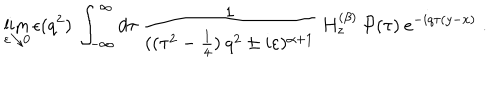
LaTeX: \lim _ { \varepsilon \searrow 0 } \epsilon ( q ^ { 2 } ) \: \int _ { - \infty } ^ { \infty } d \tau \: \frac { 1 } { ( ( \tau ^ { 2 } - \frac { 1 } { 4 } ) \: q ^ { 2 } \pm i \varepsilon ) ^ { \alpha + 1 } } \: H _ { z } ^ { ( \beta ) } \: { \mathcal { P } } ( \tau ) \: e ^ { - i q \tau ( y - x ) } \; .